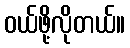
ဝယ်ဖို့လိုတယ်။